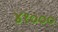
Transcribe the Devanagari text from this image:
४१०००